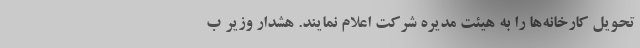
تحویل کارخانه‌ها را به هیئت مدیره شرکت اعلام نمایند. هشدار وزیر ب